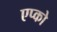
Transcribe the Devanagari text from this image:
एप्को